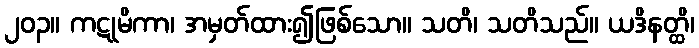
၂၀၃။ ကဋုမိကာ၊ အမှတ်ထား၍ဖြစ်သော။ သတိ၊ သတိသည်။ ယဒိနတ္ထိ၊